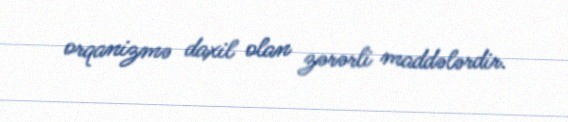
orqanizmə daxil olan zərərli maddələrdir.